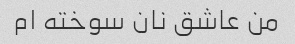
من عاشق نان سوخته ام